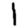
Digit: 1